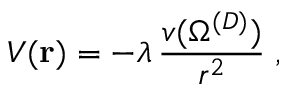
V ( { \bf r } ) = - \lambda \, \frac { v ( \Omega ^ { ( { D } ) } ) } { r ^ { 2 } } \; ,